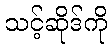
သင့်ဆိုဒ်ကို